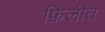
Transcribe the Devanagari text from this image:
फ़िलीत